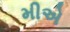
મીએ